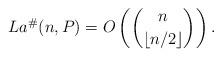
LaTeX: \begin{align*} La^{\#}(n,P) = O \left( \binom {n} {\lfloor n/2 \rfloor} \right ).\end{align*}